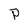
Character: P